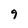
Character: 9